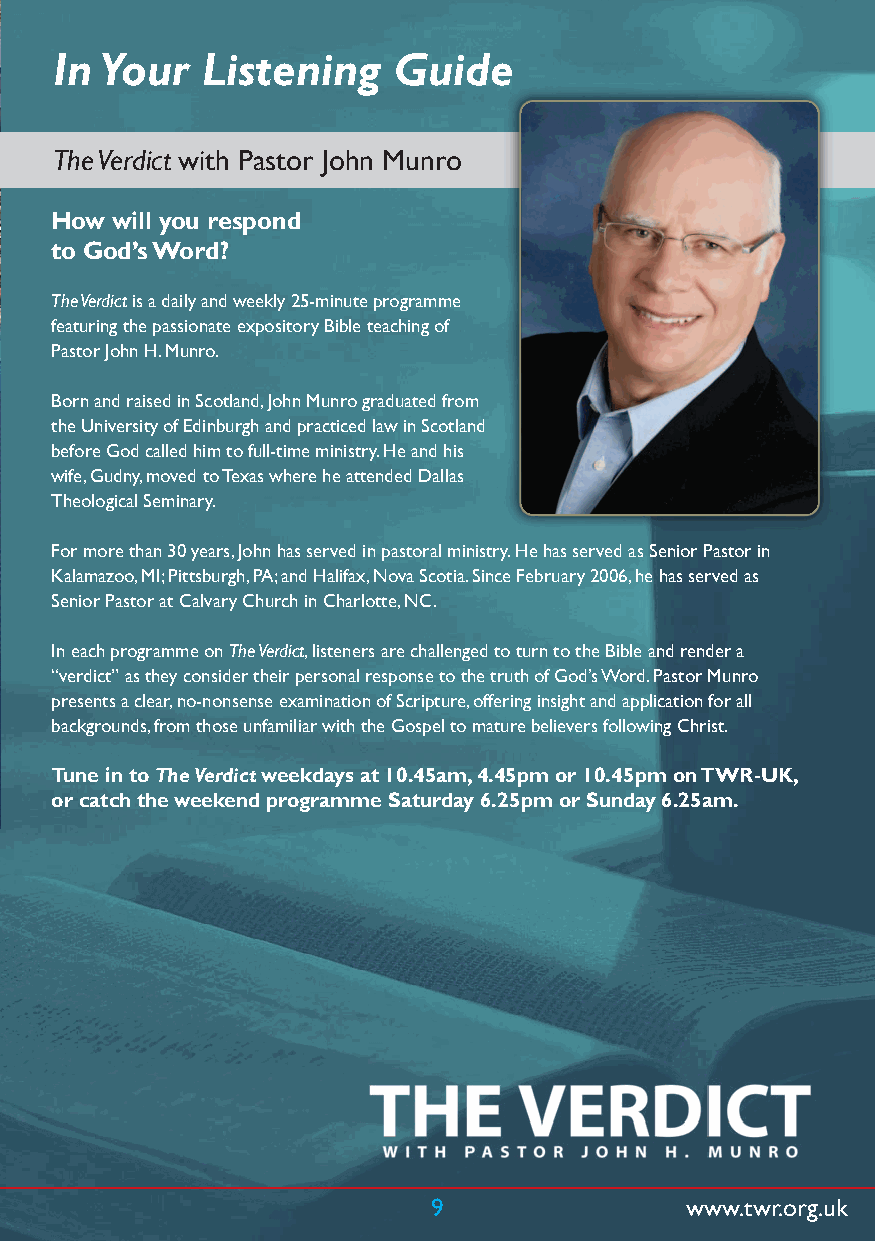
In Your  Listening    Guide
 The Verdict with Pastor John Munro
 How will you respond
 to God’s Word?
 The Verdict is a daily and weekly 25-minute programme
 featuring the passionate expository Bible teaching of
 Pastor John H. Munro.
 Born and raised in Scotland, John Munro graduated from
 the University of Edinburgh and practiced law in Scotland
 before God called him to full-time ministry. He and his
 wife, Gudny, moved to Texas where he attended Dallas
 Theological Seminary.
 For more than 30 years, John has served in pastoral ministry. He has served as Senior Pastor in
 Kalamazoo, MI; Pittsburgh, PA; and Halifax, Nova Scotia. Since February 2006, he has served as
 Senior Pastor at Calvary Church in Charlotte, NC.
 In each programme on The Verdict, listeners are challenged to turn to the Bible and render a
 “verdict” as they consider their personal response to the truth of God’s Word. Pastor Munro
 presents a clear, no-nonsense examination of Scripture, offering insight and application for all
 backgrounds, from those unfamiliar with the Gospel to mature believers following Christ.
 Tune in to The Verdict weekdays at 10.45am, 4.45pm or 10.45pm on TWR-UK,
 or catch the weekend programme Saturday 6.25pm or Sunday 6.25am.
 9               www.twr.org.uk